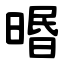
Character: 㬆